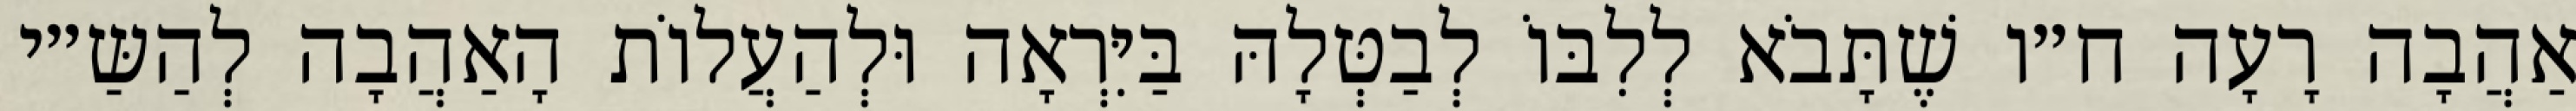
אַהֲבָה רָעָה ח״ו שֶׁתָּבֹא לְלִבּוֹ לְבַטְּלָהּ בַּיִּרְאָה וּלְהַעֲלוֹת הָאַהֲבָה לְהַשַּ״י